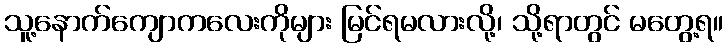
သူ့နောက်ကျောကလေးကိုများ မြင်ရမလားလို့၊ သို့ရာတွင် မတွေ့ရ။